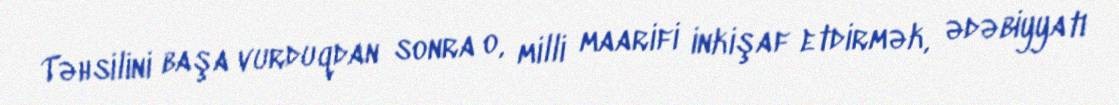
Təhsilini başa vurduqdan sonra o, milli maarifi inkişaf etdirmək, ədəbiyyatı